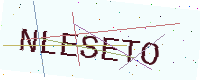
Text: NLESETO